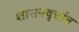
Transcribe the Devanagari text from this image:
शासनवृत्तांत